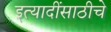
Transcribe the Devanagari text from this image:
इत्यादींसाठीचे